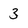
Character: 3